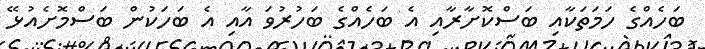
ބަހެއްގެ ހަމަތަކާއި ބަސްކޮށާރާއި އެ ބަހެއްގެ ބަހުރުވަ އާއި އެ ބަހަކުން ބަސްމޮށެއުޅޭ